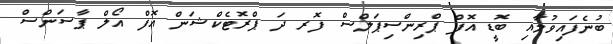
ބުނެފައިވުމާއި ބޮޑީ އޮފް ޕްރިންސިޕަލްސް ފޮރ ދަ ޕްރޮޓެކްޝަން އޮފް އޯލް ޕާސަންސް